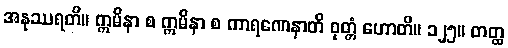
အနုဿရတိ။ ဣမိနာ စ ဣမိနာ စ ကာရဏေနာတိ ဝုတ္တံ ဟောတိ။ ၁၂၅။ တတ္ထ